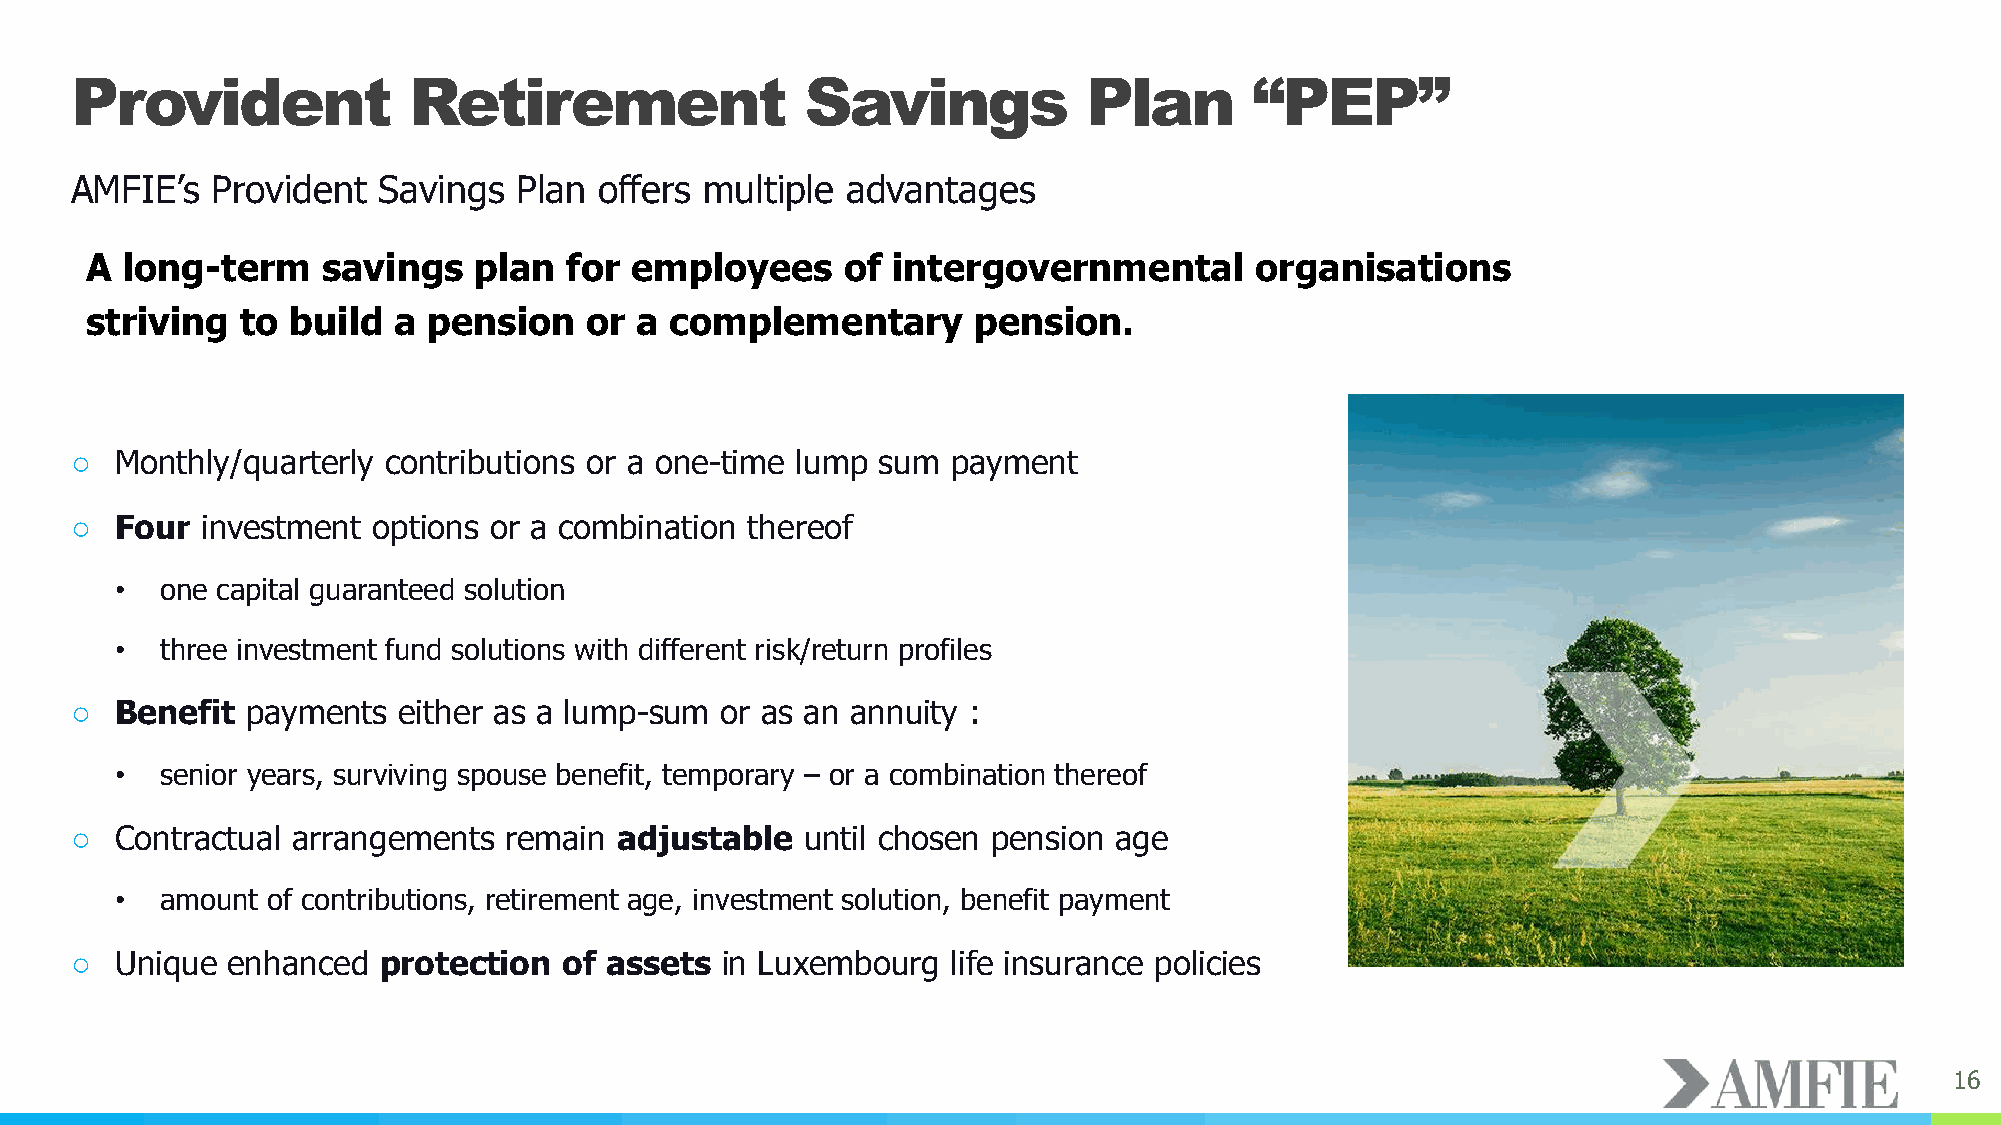
Provident             Retirement                Savings            Plan       “PEP”
 AMFIE’s  Provident  Savings  Plan  offers multiple advantages
 A long-term    savings   plan  for  employees     of intergovernmental       organisations
 striving  to build  a pension    or a complementary       pension.
 ○  Monthly/quarterly contributions or a one-time lump sum payment
 ○  Four investment  options or a combination thereof
 •  one capital guaranteed solution
 •  three investment fund solutions with different risk/return profiles
 ○  Benefit payments  either as a lump-sum  or as an annuity :
 •  senior years, surviving spouse benefit, temporary – or a combination thereof
 ○  Contractual arrangements remain  adjustable  until chosen pension age
 •  amount of contributions, retirement age, investment solution, benefit payment
 ○  Unique enhanced  protection  of assets  in Luxembourg  life insurance policies
 16